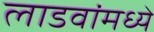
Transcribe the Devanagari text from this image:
लाडवांमध्ये